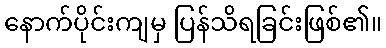
နောက်ပိုင်းကျမှ ပြန်သိရခြင်းဖြစ်၏။